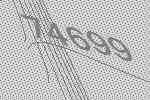
74699